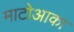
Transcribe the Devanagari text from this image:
माटोआका